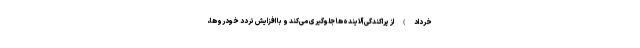
خرداد) از پراکندگی آلاینده‌ها جلوگیری می‌کند و با افزایش تردد خودروها،